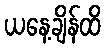
ယနေ့ချိန်ထိ